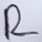
Text: R